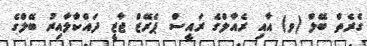
ގެރެތް ބޭލް (ވ) އާއި ރެއާލްގެ ރައީސް ޕެރޭޒް ޖާޒީ ދައްކާލާއިރު ބޭލްގެ